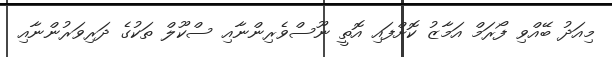
މިއަދު ބޭއްވި ފޯރަމް އަމާޒު ކޮށްފައި އޮތީ ނޫސްވެރިންނާއި ސްކޫލް ތަކުގެ ދަރިވަރުންނާއި